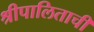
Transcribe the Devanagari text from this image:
श्रीपालिताची